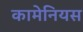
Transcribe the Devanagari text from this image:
कामेनियस